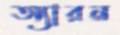
অ্যারন